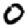
Digit: 0